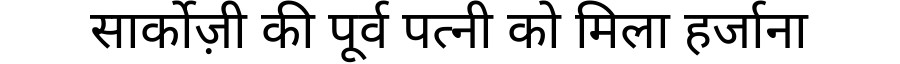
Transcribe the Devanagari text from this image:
सार्कोज़ी की पूर्व पत्नी को मिला हर्जाना